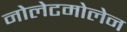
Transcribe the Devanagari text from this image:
नोलेटमोलेन